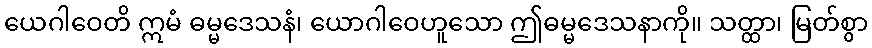
ယေဂါဝေတိ ဣမံ ဓမ္မဒေသနံ၊ ယောဂါဝေဟူသော ဤဓမ္မဒေသနာကို။ သတ္ထာ၊ မြတ်စွာ